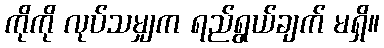
ကိုကို လုပ်သမျှက ရည်ရွယ်ချက် မရှိ။